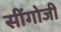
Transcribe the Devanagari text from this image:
सींगोजी